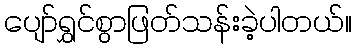
ပျော်ရွှင်စွာဖြတ်သန်းခဲ့ပါတယ်။